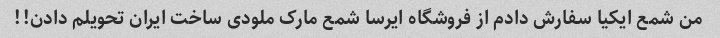
من شمع ایکیا سفارش دادم از فروشگاه ایرسا شمع مارک ملودی ساخت ایران تحویلم دادن!!